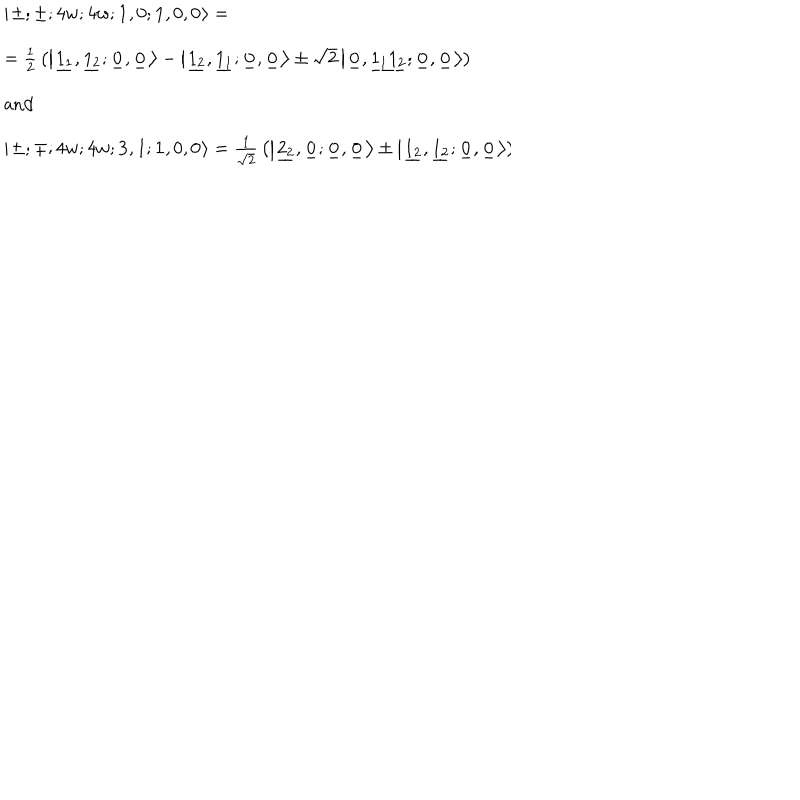
LaTeX: \begin{array} { l } { { \left| \ \! \pm ; \pm ; 4 w ; 4 w ; { \mathbf 1 } , 0 ; { \mathbf 1 } , 0 , 0 \ \! \right\rangle = } } \\ { { \hspace { 1 . 5 c m } = { \frac { 1 } { 2 } } \left( \left| \ \! \underline { { { 1 _ { 1 } } } } , \underline { { { 1 _ { 2 } } } } ; \underline { { { 0 _ { } } } } , \underline { { { 0 _ { } } } } \ \! \right\rangle - \left| \ \! \underline { { { 1 _ { 2 } } } } , \underline { { { 1 _ { 1 } } } } ; \underline { { { 0 _ { } } } } , \underline { { { 0 _ { } } } } \ \! \right\rangle \pm \sqrt { 2 } \left| \ \! \underline { { { 0 _ { } } } } , \underline { { { 1 _ { 1 } 1 _ { 2 } } } } ; \underline { { { 0 _ { } } } } , \underline { { { 0 _ { } } } } \ \! \right\rangle \right) } } \\ { { \hspace { 0 . 5 c m } \mathrm { a n d } } } \\ { { \left| \ \! \pm ; \mp ; 4 w ; 4 w ; { \mathbf 3 } , 1 ; { \mathbf 1 } , 0 , 0 \ \! \right\rangle = { \frac { 1 } { \sqrt { 2 } } } \left( \left| \ \! \underline { { { 2 _ { 2 } } } } , \underline { { { 0 _ { } } } } ; \underline { { { 0 _ { } } } } , \underline { { { 0 _ { } } } } \ \! \right\rangle \pm \left| \ \! \underline { { { 1 _ { 2 } } } } , \underline { { { 1 _ { 2 } } } } ; \underline { { { 0 _ { } } } } , \underline { { { 0 _ { } } } } \ \! \right\rangle \right) } } \\ \end{array} \hspace { 1 c m }